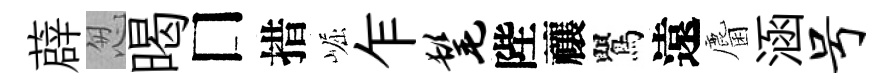
薜怱暍□措崛乍髦陛禳鸎遠麕涵号